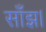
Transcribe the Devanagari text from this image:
साँझ।